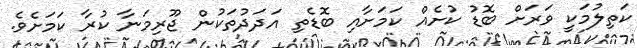
ކަތިލުމަކީ ވަރަށް ބޮޑު ކުށެއް ކަމަށާއި ބޮޑެތި އަދަދުތަކުން ޖޫރިމަނާ ކުރާ ކަމަށެވެ.